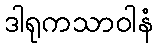
ဒါရုကသာဝါနံ